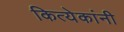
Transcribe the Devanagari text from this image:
कित्येकांनी